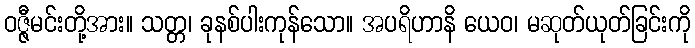
ဝဇ္ဇီမင်းတို့အား။ သတ္တ၊ ခုနစ်ပါးကုန်သော။ အပရိဟာနိ ယေဝ၊ မဆုတ်ယုတ်ခြင်းကို